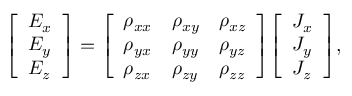
{ \left[ \begin{array} { l } { E _ { x } } \\ { E _ { y } } \\ { E _ { z } } \end{array} \right] } = { \left[ \begin{array} { l l l } { \rho _ { x x } } & { \rho _ { x y } } & { \rho _ { x z } } \\ { \rho _ { y x } } & { \rho _ { y y } } & { \rho _ { y z } } \\ { \rho _ { z x } } & { \rho _ { z y } } & { \rho _ { z z } } \end{array} \right] } { \left[ \begin{array} { l } { J _ { x } } \\ { J _ { y } } \\ { J _ { z } } \end{array} \right] } ,